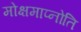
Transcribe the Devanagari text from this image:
मोक्षमाप्नोति